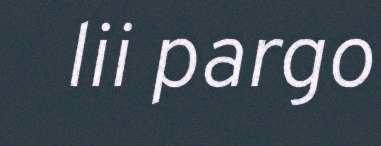
lii pargo